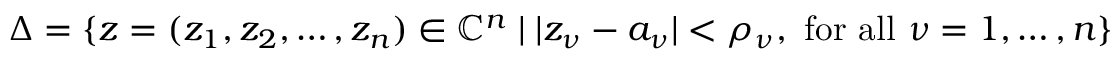
\Delta = \{ z = ( z _ { 1 } , z _ { 2 } , \dots , z _ { n } ) \in { \mathbb { C } } ^ { n } \mid | z _ { \nu } - a _ { \nu } | < \rho _ { \nu } , { \mathrm { ~ f o r ~ a l l ~ } } \nu = 1 , \dots , n \}